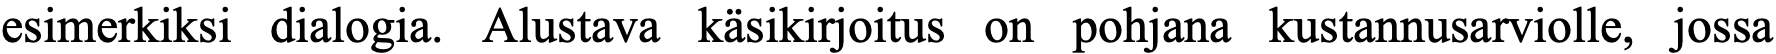
esimerkiksi dialogia. Alustava käsikirjoitus on pohjana kustannusarviolle, jossa